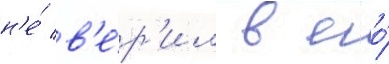
н'е́ в'е́р'ил в его́